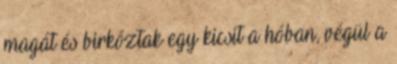
magát és birkóztak egy kicsit a hóban, végül a